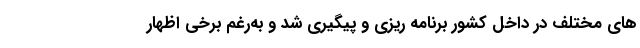
های مختلف در داخل کشور برنامه ریزی و پیگیری شد و به‌رغم برخی اظهار